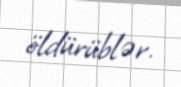
öldürüblər.